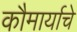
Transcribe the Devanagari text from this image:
कौमार्याचे